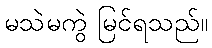
မသဲမကွဲ မြင်ရသည်။